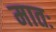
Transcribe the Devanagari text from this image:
मातः